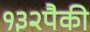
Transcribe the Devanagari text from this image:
१३२पैकी